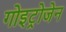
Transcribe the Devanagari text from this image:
गोइट्रोजेन